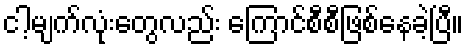
ငါ့မျက်လုံးတွေလည်း ကြောင်စီစီဖြစ်နေခဲ့ပြီ။